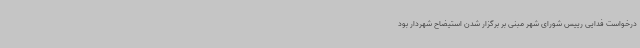
درخواست فدایی رییس شورای شهر مبنی بر برگزار شدن استیضاح شهردار بود